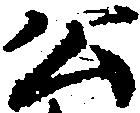
公